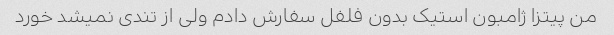
من پیتزا ژامبون استیک بدون فلفل سفارش دادم ولی از تندی نمیشد خورد